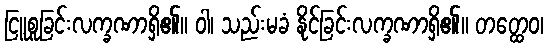
ငြူစူခြင်းလက္ခဏာရှိ၏။ ဝါ၊ သည်းမခံ နိုင်ခြင်းလက္ခဏာရှိ၏။ တတ္ထေဝ၊